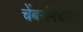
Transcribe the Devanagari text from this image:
चेंबर्समधल्या